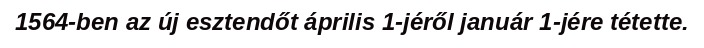
1564-ben az új esztendőt április 1-jéről január 1-jére tétette.